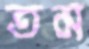
তম